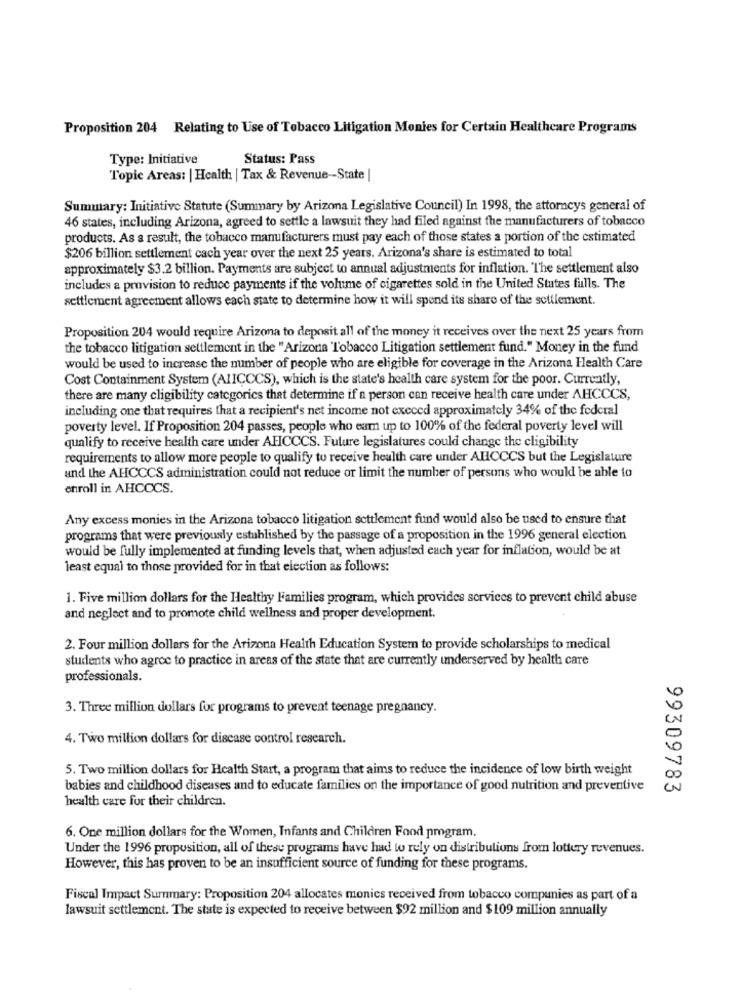
Proposition 204 Relating to Use of Tobacco Litigation Monies for Certain Healthcare Programs
Type: Initiative
Status: Pass
Topic Areas: | Health | Tax & Revenue -- State
Summary: Initiative Statute (Summary by Arizona Legislative Council) In 1998, the attorneys general of
46 states, including Arizona, agreed to settle a lawsuit they had filed against the manufacturers of tobacco
products. As a result, the tobacco manufacturers must pay each of those states a portion of the estimated
$206 billion settlement cach year over the next 25 years. Arizona's share is estimated to total
approximately $3.2 billion. Payments are subject to annual adjustments for inflation. "The settlement also
includes a provision to reduce payments if the volume of cigarettes sold in the United States fulls. The
settlement agreement allows each state to determine how it will spend its share of the settlement.
Proposition 204 would require Arizona to deposit all of the money it receives over the next 25 years from
the tobacco litigation settlement in the " Arizona "Tobacco Litigation settlement fund." Money in the fund
would be used to increase the number of people who are eligible for coverage in the Arizona Health Care
Cost Containment System (ALICCCS), which is the state's health care system for the poor. Currently,
there are many eligibility categorics that determine if a person can receive health care under AHCCCS,
including one that requires that a recipient's net income not exceed approximately 34% of the federal
poverty level. If Proposition 204 passes, people who eum up to 100% of the federal poverty level will
qualify to receive health care under AFCCCS. Future legislatures could change the cligibility
requirements to allow more people to qualify to receive health care under AHCCCS but the Legislature
and the AHCCCS administration could not reduce or limit the number of persons who would be able to
enroll in AHCCCS.
Any excess monies in the Arizona tobacco litigation settlement fund would also be used to ensure that
programs that were previously established by the passage of a proposition in the 1996 general election
would be fully implemented at funding levels that, when adjusted each year for inflation, would be at
least equal to those provided for in that election as follows:
1. Five million dollars for the Healthy Families program, which provides services to prevent child abuse
and neglect and to promote child wellness and proper development.
2. Four million dollars for the Arizona Health Education System to provide scholarships to medical
students who agree to practice in areas of the state that are currently underserved by health care
professionals.
3. Three million dollars for programs to prevent teenage pregnancy.
4. Two million dollars for disease control research.
5. Two million dollars for Health Start, a program that aims to reduce the incidence of low birth weight
babies and childhood diseases and to educate families on the importance of good nutrition and preventive
99309783
health care for their children.
6. One million dollars for the Women, Infants and Children Food pmgram.
Under the 1996 proposition, all of these programs have had to rely on distributions from lottery revenues.
However, this has proven to be an insufficient source of funding for these programs.
Fiscal Impact Summary: Proposition 204 allocates monics received from tobacco companies as part of a
lawsuit settlement. The state is expected to receive between $92 million and $109 million annually